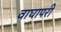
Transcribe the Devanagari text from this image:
वाघापरी